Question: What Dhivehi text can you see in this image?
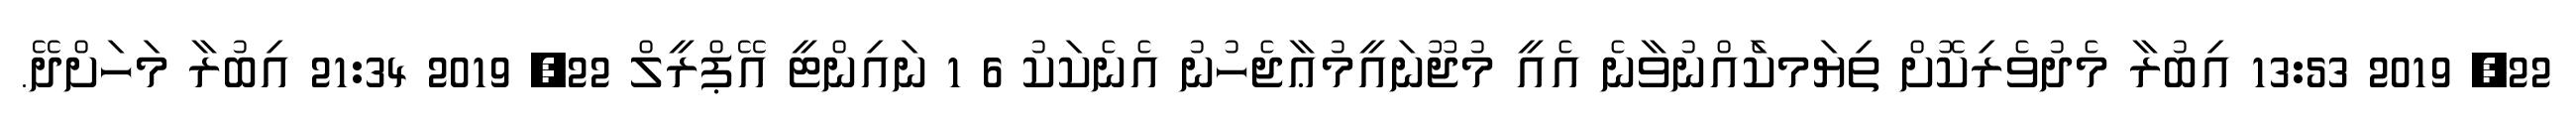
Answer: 22, 2019 13:53 އިބުރާ މެދުވެރިކޮށް ތިޔަމކަެއްނުވާނެ އެއީ މުޖޫނައީމުޢާޖެހުނު އެނެކަކު 6 1 ނައިންޓީ އޭޕްރީލް 22, 2019 21:34 އިބުރާ މަހަށްދޭ.